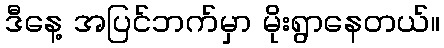
ဒီနေ့ အပြင်ဘက်မှာ မိုးရွာနေတယ်။